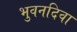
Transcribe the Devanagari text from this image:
भुवनदिवा